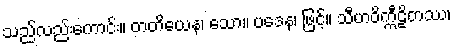
သည်လည်းကောင်း။ တတိယေန၊ သော။ ပဒေန၊ ဖြင့်။ သီဟဝိက္ကီဠိတဿ၊